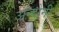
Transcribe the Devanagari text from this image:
अन्दोनी